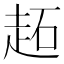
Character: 䞠